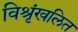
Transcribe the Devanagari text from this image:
विश्रृंखलित